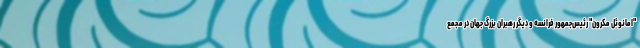
"امانوئل مکرون" رئیس‌جمهور فرانسه و دیگر رهبران بزرگ جهان در مجمع